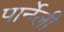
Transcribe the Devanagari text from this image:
पार्नेली